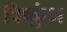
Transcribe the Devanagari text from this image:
विष्कुंभ